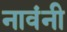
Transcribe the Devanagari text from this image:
नावंनी